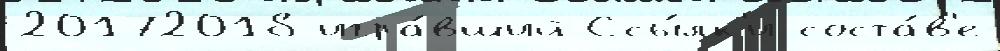
20172018 игра́вший Ссы́лк'и соста́в'е